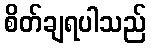
စိတ်ချရပါသည်